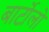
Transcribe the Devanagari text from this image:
बार्टोलो